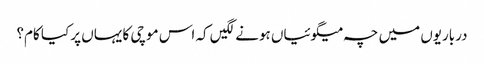
درباریوں میں چہ میگوئیاں ہونے لگیں کہ اس موچی کا یہاں پر کیا کام؟